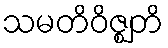
သမတိဝိဇ္ဈတိ